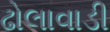
ઢોલાવાડી